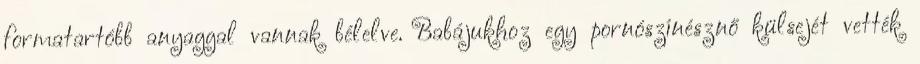
formatartóbb anyaggal vannak bélelve. Babájukhoz egy pornószínésznő külsejét vették